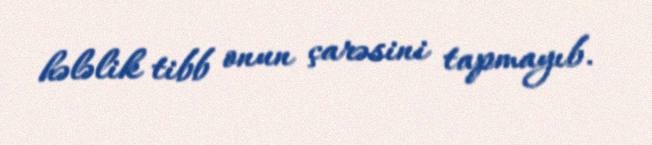
hələlik tibb onun çarəsini tapmayıb.